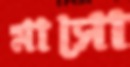
মাসো